Civil Veterinary Dept. Assam report 1927-50 - 1927-1950
Year: 1927
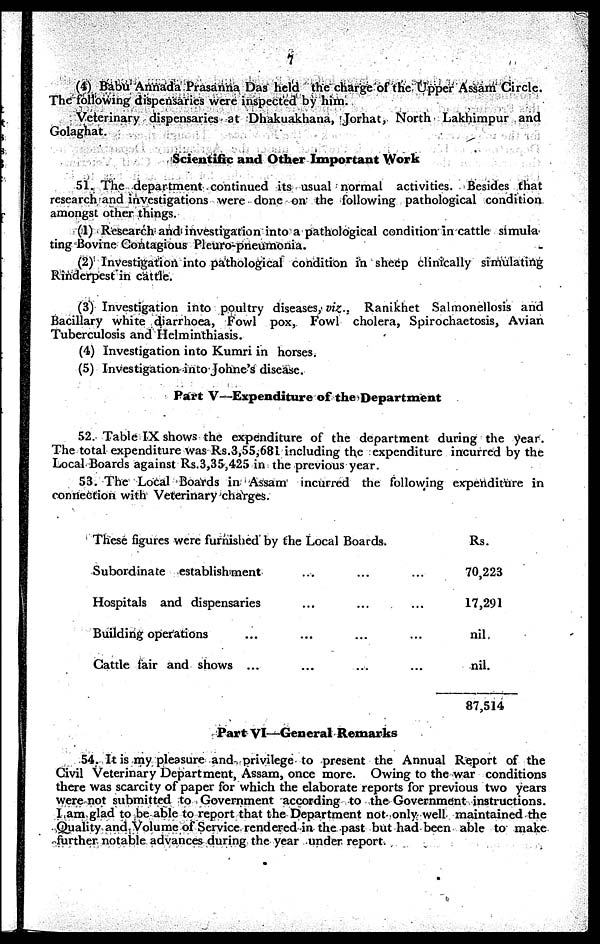
7
(4) Babu Annada Prasanna Das held the charge of the Upper Assam Circle.
The following dispensaries were inspected by him.
Veterinary dispensaries at Dhakuakhana, Jorhat, North Lakhimpur and
Golaghat.
Scientific and Other Important Work
51. The department continued its usual normal activities. Besides that
research and investigations were done on the following pathological condition
amongst other things.
(1) Research and investigation into a pathological condition in cattle Simula
ting Bovine Contagious Pleuro-pneumonia.
(2) Investigation into pathological condition in sheep clinically simulating
Rinderpest in cattle.
(3) Investigation into poultry diseases, viz., Ranikhet Salmonellosis and
Bacillary white diarrhoea, Fowl pox, Fowl cholera, Spirochaetosis, Avian
Tuberculosis and Helminthiasis.
(4) Investigation into Kumri in horses.
(5) Investigation into Johne's disease.
Part V—Expenditure of the Department
52. Table IX shows the expenditure of the department during the year.
The total expenditure was Rs.3,55,681 including the expenditure incurred by the
Local Boards against Rs.3,35,425 in the previous year.
53. The Local Boards in Assam incurred the following expenditure in
connection with Veterinary charges.
These figures were furnished by the Local Boards.
Subordinate establishment ... ... ...
Hospitals and dispensaries ... ... ...
Building operations ... ... ... ...
Cattle fair and shows ... ... ... ...
Rs.
70,223
17,291
nil
nil.
87,514
Part VI—General Remarks
54. It is my pleasure and privilege to present the Annual Report of the
Civil Veterinary Department, Assam, once more. Owing to the war conditions
there was scarcity of paper for which the elaborate reports for previous two years
were not submitted to Government according to the Government instructions.
I am glad to be able to report that the Department not only well maintained the
Quality and Volume of Service rendered in the past but had been able to make
further notable advances during the year under report.